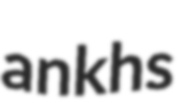
ankhs